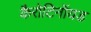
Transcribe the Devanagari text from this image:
कैरोटिनॉयड